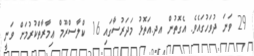
29 ވަނަ ދުވަހުގައެވެ. އެގޮތުން އދ.އަތޮޅު މަދަރުސާގައި 16 ކްލާސްރޫމް ޢިމާރާތްކުރުމަށް ވަނީ